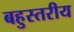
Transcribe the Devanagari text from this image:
बहुस्‍तरीय